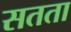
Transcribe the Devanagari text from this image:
सतता